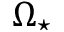
\Omega _ { \star }